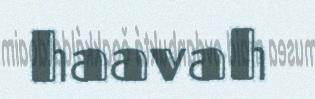
haavah